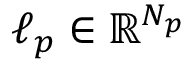
\boldsymbol { \ell _ { p } } \in \mathbb { R } ^ { N _ { p } }